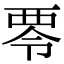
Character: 𮖿